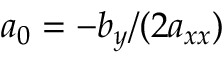
a _ { 0 } = - b _ { y } / ( 2 a _ { x x } )